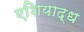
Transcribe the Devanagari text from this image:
एशियाद्ध